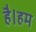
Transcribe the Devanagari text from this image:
है।हम